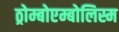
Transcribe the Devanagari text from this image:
ठ्रोम्बोएम्बोलिस्म